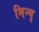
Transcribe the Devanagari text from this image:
मिन्ग्